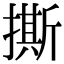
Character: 撕